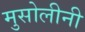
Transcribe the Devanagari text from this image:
मुसोलीनी